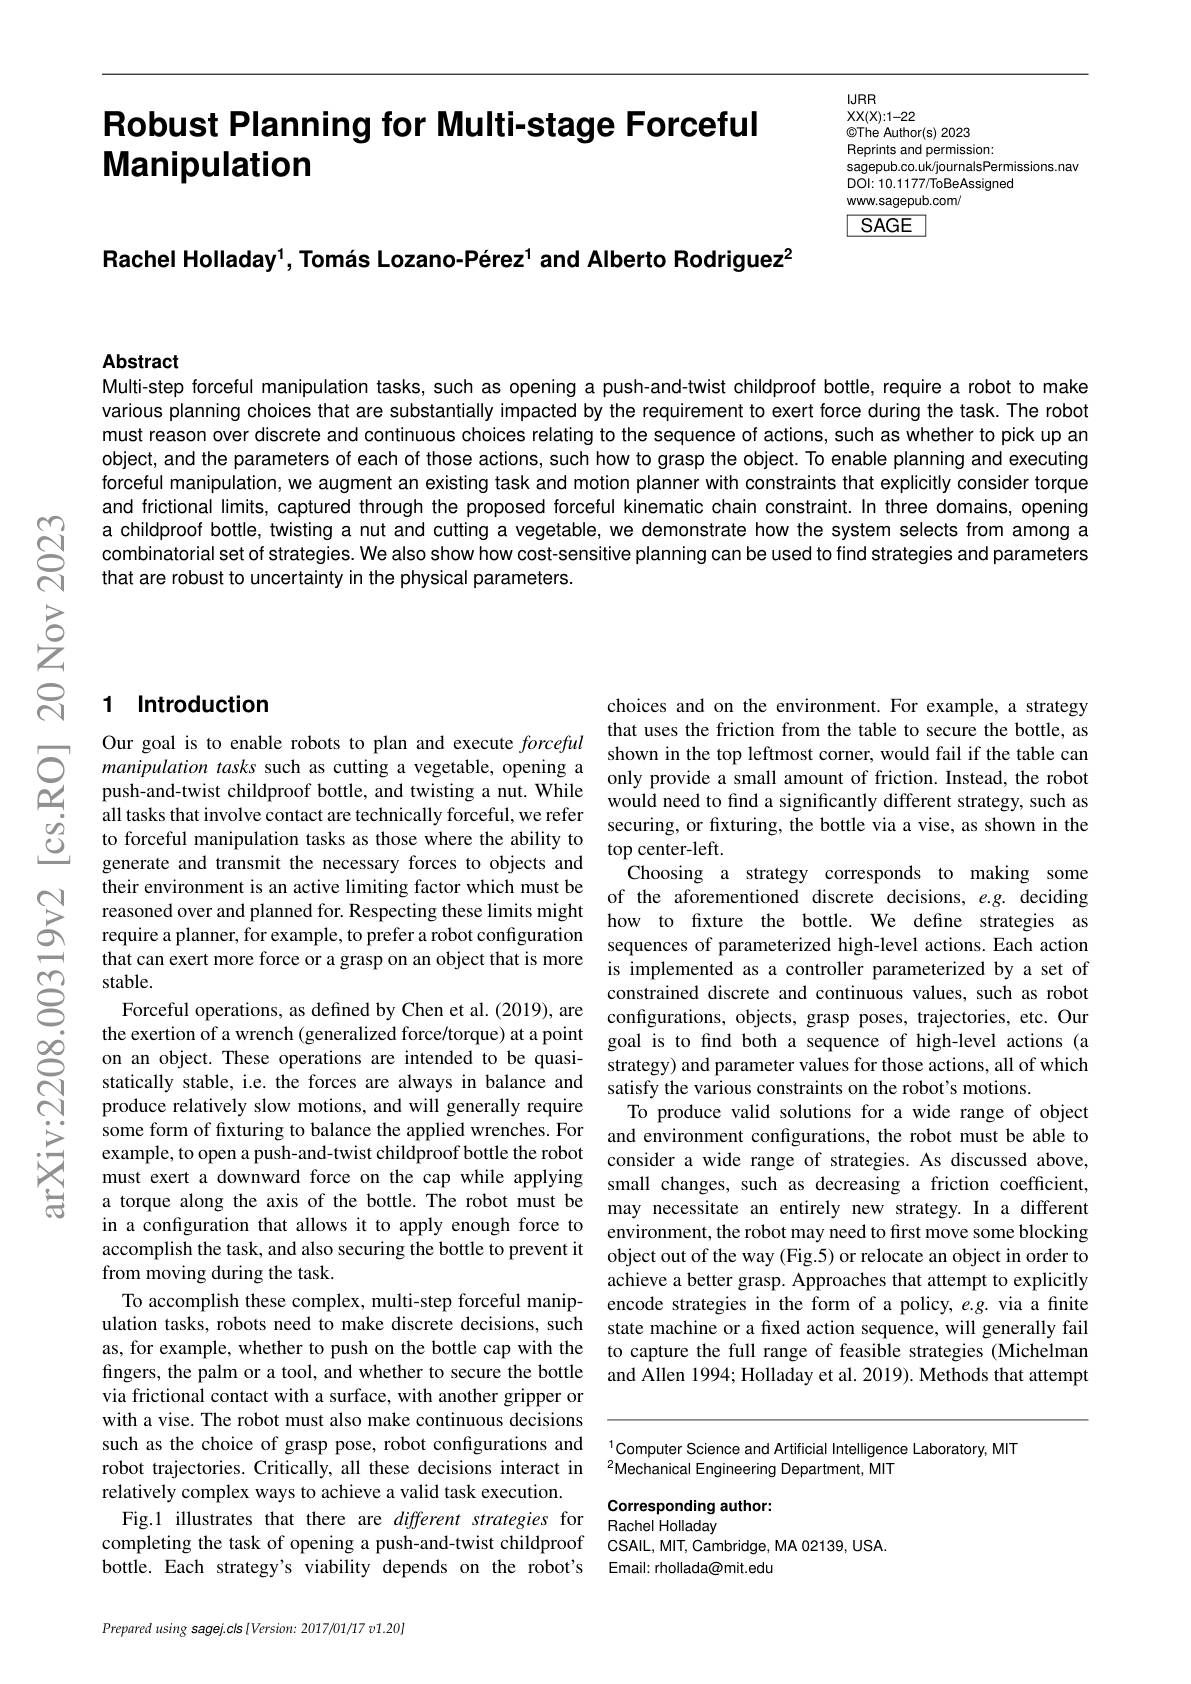
# Robust Planning for Multi-stage Forceful Manipulation

$IJRR$
$xx(X):1-22$
$\textcircled{\mathrm{The}}$Author(s) 2023
Reprints and permission Inger $a_{\mathrm{c}}$
sagepub.co.uk/journalsPermissions.naw
DOl: 10. 11 77/ ToBe Assigned
www.sagepub.com

$\boxed{SAGE}$

Rachel Holladay$^1,\text{Tomás Lozano-Pérez}^{1}$ and Alberto Rodriguez$^2$

Abstract
Multi-step forceful manipulation tasks, such as opening a push-and-twist childproof bottle, require a robot to make

various planning choices that are substantially impacted by the requirement to exert force during the task. The robot must reason over discrete and continuous choices relating to the sequence of actions, such as whether to pick up an object, and the parameters of each of those actions, such how to grasp the object. To enable planning and executing forceful manipulation, we augment an existing task and motion planner with constraints that explicitly consider torque and frictional limits, captured through the proposed forceful kinematic chain constraint. In three domains, opening a childproof bottle, twisting a nut and cutting a vegetable, we demonstrate how the system selects from among a combinatorial set of strategies. We also show how cost-sensitive planning can be used to find strategies and parameters that are robust to uncertainty in the physical parameters.

# 1 Introduction

Our goal is to enable robots to plan and execute forceful generate and transmit the necessary forces to objects and stable.
on an object. These operations are intended to be quasiproduce relatively slow motions, and will generally require from moving during the task.
via frictional contact with with a vise. The robot must also make continuous decisions such as the choice of grasp
robot trajectories. Critically, all these decisions interact in $^{2}$Mechanical Engineering Department, MIT
relatively complex ways to a
Fig.1 illustrates that there are different strategies for Rachel Holladav
completing the task of openi
bottle. Each strategy's viability depends on the robot's Email: rhollada@mit.edu

Prepared using sagej.cls [Version: 2017/01/17 v1.20]

choices and on the environme that uses the friction from the table to secure the bottle, as
to forceful manipulation tasks as those where the ability to securing, or fixturing, the bottle via a vise, as shown in the to forceful manipulation tasks as those where the ability to top center-left.
Choosing a strategy correspo
their environment is an acti reasoned over and planned for. Respecting these limits might how to fixture the bottle. We define strategies as
constrained discrete and continuous values, such as robot
Forceful operations, as defined by Chen et al.(2019), are configurations, objects, grasp poses, trajectories, etc. Our the exertion of a wrench (generalized force/torque) at a point goal is to find both a sequence of high-level actions (a
strategy) and parameter values for those actions, all of which
statically stable, i.e. the forces are always in balance and satisfy the various constraints on the robot's motions.
To produce valid solutions for a wide range of object
some form of fixturing to balance the applied wrenches. For and environment configurations, the robot must be able to example, to open a push-and-twist childproof bottle the robot consider a wide range of strategies. As discussed above, must exert a downward force on the cap while applying small changes, such as decreasing a friction coefficient, a torque along the axis of the bottle. The robot must be may necessitate an entirely new strategy. In a different in a configuration that allows it to apply enough force to environment,the robot may need to first move some blocking accomplish the task, and also securing the bottle to prevent it object out of the way (Fig.5) or relocate an object in order to
achieve a better grasp. Approaches that attempt to explicitly
To accomplish these complex, multi-step forceful manip- encode strategies in the form of a policy, e.g. via a finite ulation tasks, robots need to make discrete decisions, such state machine or a fixed action sequence, will generally fail as, for example, whether to push on the bottle cap with the to capture the full range of feasible strategies (Michelman fingers, the palm or a tool, and whether to secure the bottle and Âllen 1994; Holladay et al. 2019). Methods that attempt

Rachel Holladay